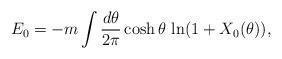
LaTeX: \begin{align*}E_0=-m\int {d\theta\over 2\pi}\cosh\theta\, \ln(1+X_0(\theta)),\end{align*}